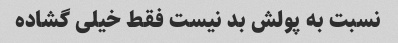
نسبت به پولش بد نیست فقط خیلی گشاده